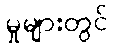
မှုများတွင်